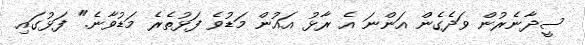
ސީދާނެރުން ވަދެގެން އަންނަ އެ ރާޅު އައުން މަޑުވެ ފަޅުތެރެ މަޑުވާނެ." ފަޅުގައި